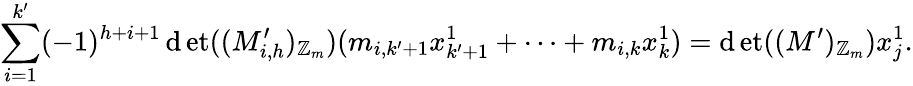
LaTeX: \sum_{i=1}^{k^{\prime}}(-1)^{h+i+1}\operatorname*{\mathrm{d}et}((M_{i,h}^{\prime})_{\mathbb{{Z}}_{m}})(m_{i,k^{\prime}+1}x_{k^{\prime}+1}^{1}+\dots+m_{i,k}x_{k}^{1})=\operatorname*{\mathrm{d}et}((M^{\prime})_{\mathbb{{Z}}_{m}})x_{j}^{1}.